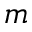
m